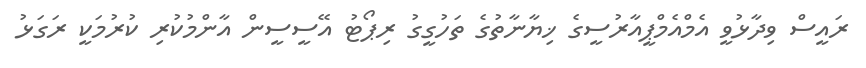
ރައީސް ވިދާޅުވީ އެމްއެމްޕީއާރުސީގެ ޚިޔާާނާތުގެ ތަހުގީގު ރިޕޯޓު އޭސީސީން އާންމުކުރި ކުރުމަކީ ރަގަޅު